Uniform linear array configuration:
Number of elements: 48
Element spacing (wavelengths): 0.75
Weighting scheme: hann
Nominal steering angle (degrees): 60
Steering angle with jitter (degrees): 59.416
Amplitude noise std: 0.05
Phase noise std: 0.05

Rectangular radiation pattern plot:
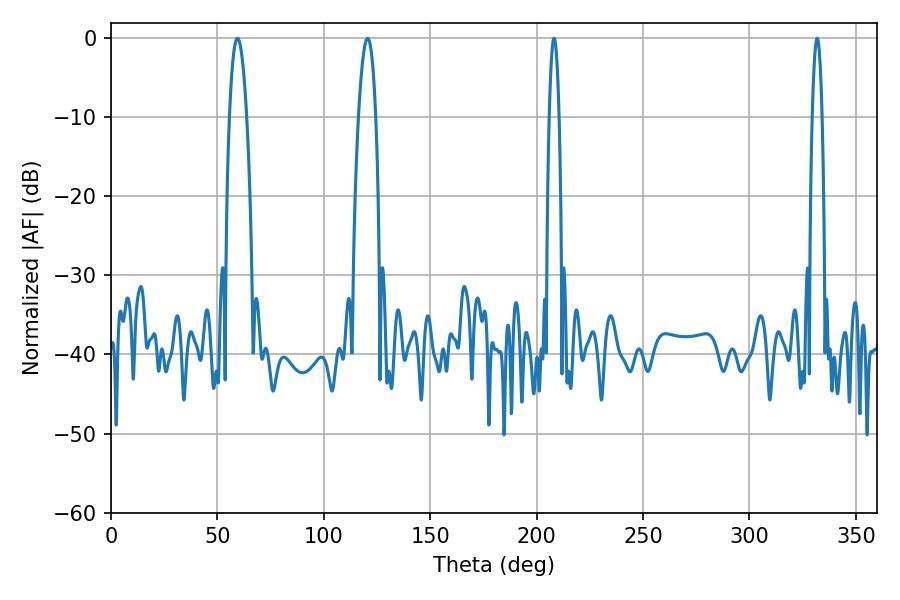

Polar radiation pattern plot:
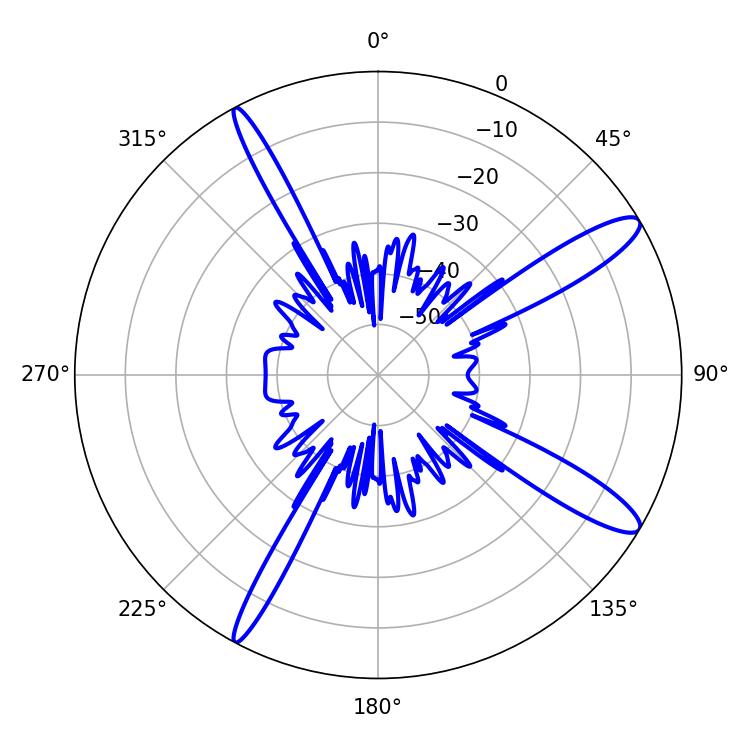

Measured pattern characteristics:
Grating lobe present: TRUE
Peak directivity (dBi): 13.014
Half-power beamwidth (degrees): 4.5
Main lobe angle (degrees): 59.4